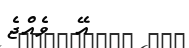
އޭ  ވެއްޖެ